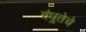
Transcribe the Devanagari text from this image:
बंधुतेचे